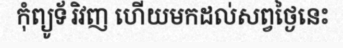
កុំព្យូទ័រិវញ ហើយមកដល់សព្វថ្ងៃនេះ